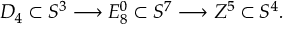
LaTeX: { \cal D } _ { 4 } \subset S ^ { 3 } \longrightarrow { \cal E } _ { 8 } ^ { 0 } \subset S ^ { 7 } \longrightarrow { \cal Z } ^ { 5 } \subset S ^ { 4 } .